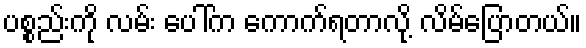
ပစ္စည်းကို လမ်း ပေါ်က ကောက်ရတာလို့ လိမ်ပြောတယ်။